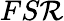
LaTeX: FS\mathcal{R}